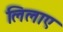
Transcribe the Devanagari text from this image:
लिलाए